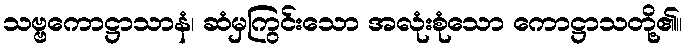
သဗ္ဗကောဋ္ဌာသာနံ၊ ဆံမှကြွင်းသော အလုံးစုံသော ကောဋ္ဌာသတို့၏။